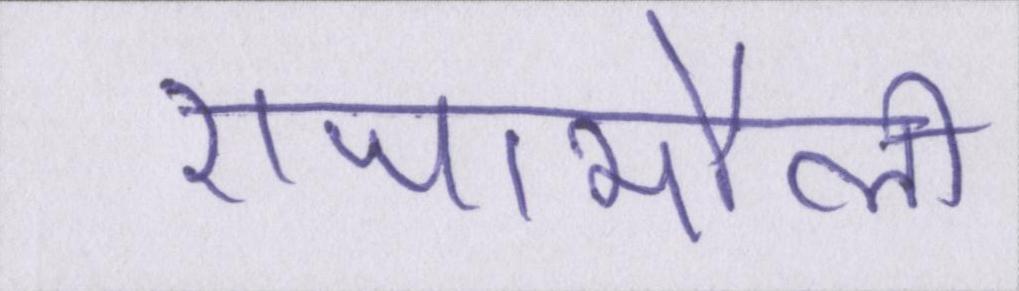
राजामौली